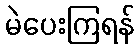
မဲပေးကြရန်